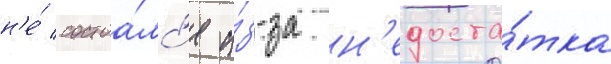
н'е́ состоа́лс'я и́з-за н'едоста́тка